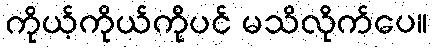
ကိုယ့်ကိုယ်ကိုပင် မသိလိုက်ပေ။